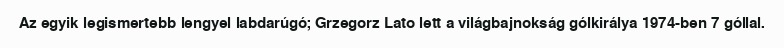
Az egyik legismertebb lengyel labdarúgó; Grzegorz Lato lett a világbajnokság gólkirálya 1974-ben 7 góllal.